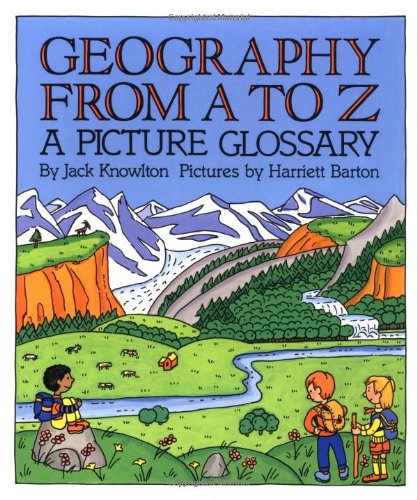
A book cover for Geography from A to Z: A Picture Glossary (Trophy Picture Books); Jack Knowlton; Science & Math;